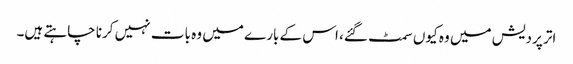
اتر پردیش میں وہ کیوں سمٹ گئے، اس کے بارے میں وہ بات نہیں کرنا چاہتے ہیں۔